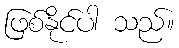
ဖြစ်နိုင်ပါ သည်။